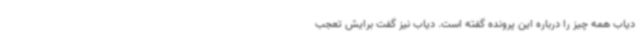
دیاب همه چیز را درباره این پرونده گفته است. دیاب نیز گفت برایش تعجب